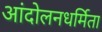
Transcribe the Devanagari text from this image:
आंदोलनधर्मिता